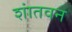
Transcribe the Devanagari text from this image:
शांतवन